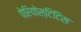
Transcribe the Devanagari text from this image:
पेरियोस्टिटिस